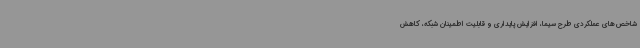
شاخص‌های عملکردی طرح سیما، افزایش پایداری و قابلیت اطمینان شبکه، کاهش